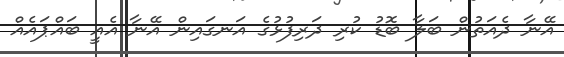
އޭނާ ދެއަތުން ބަލާ ބޮޑު ކުރި ދަރިފުޅުގެ އަނގައިން އޭނާ އެއީ ބައްޕައެއް